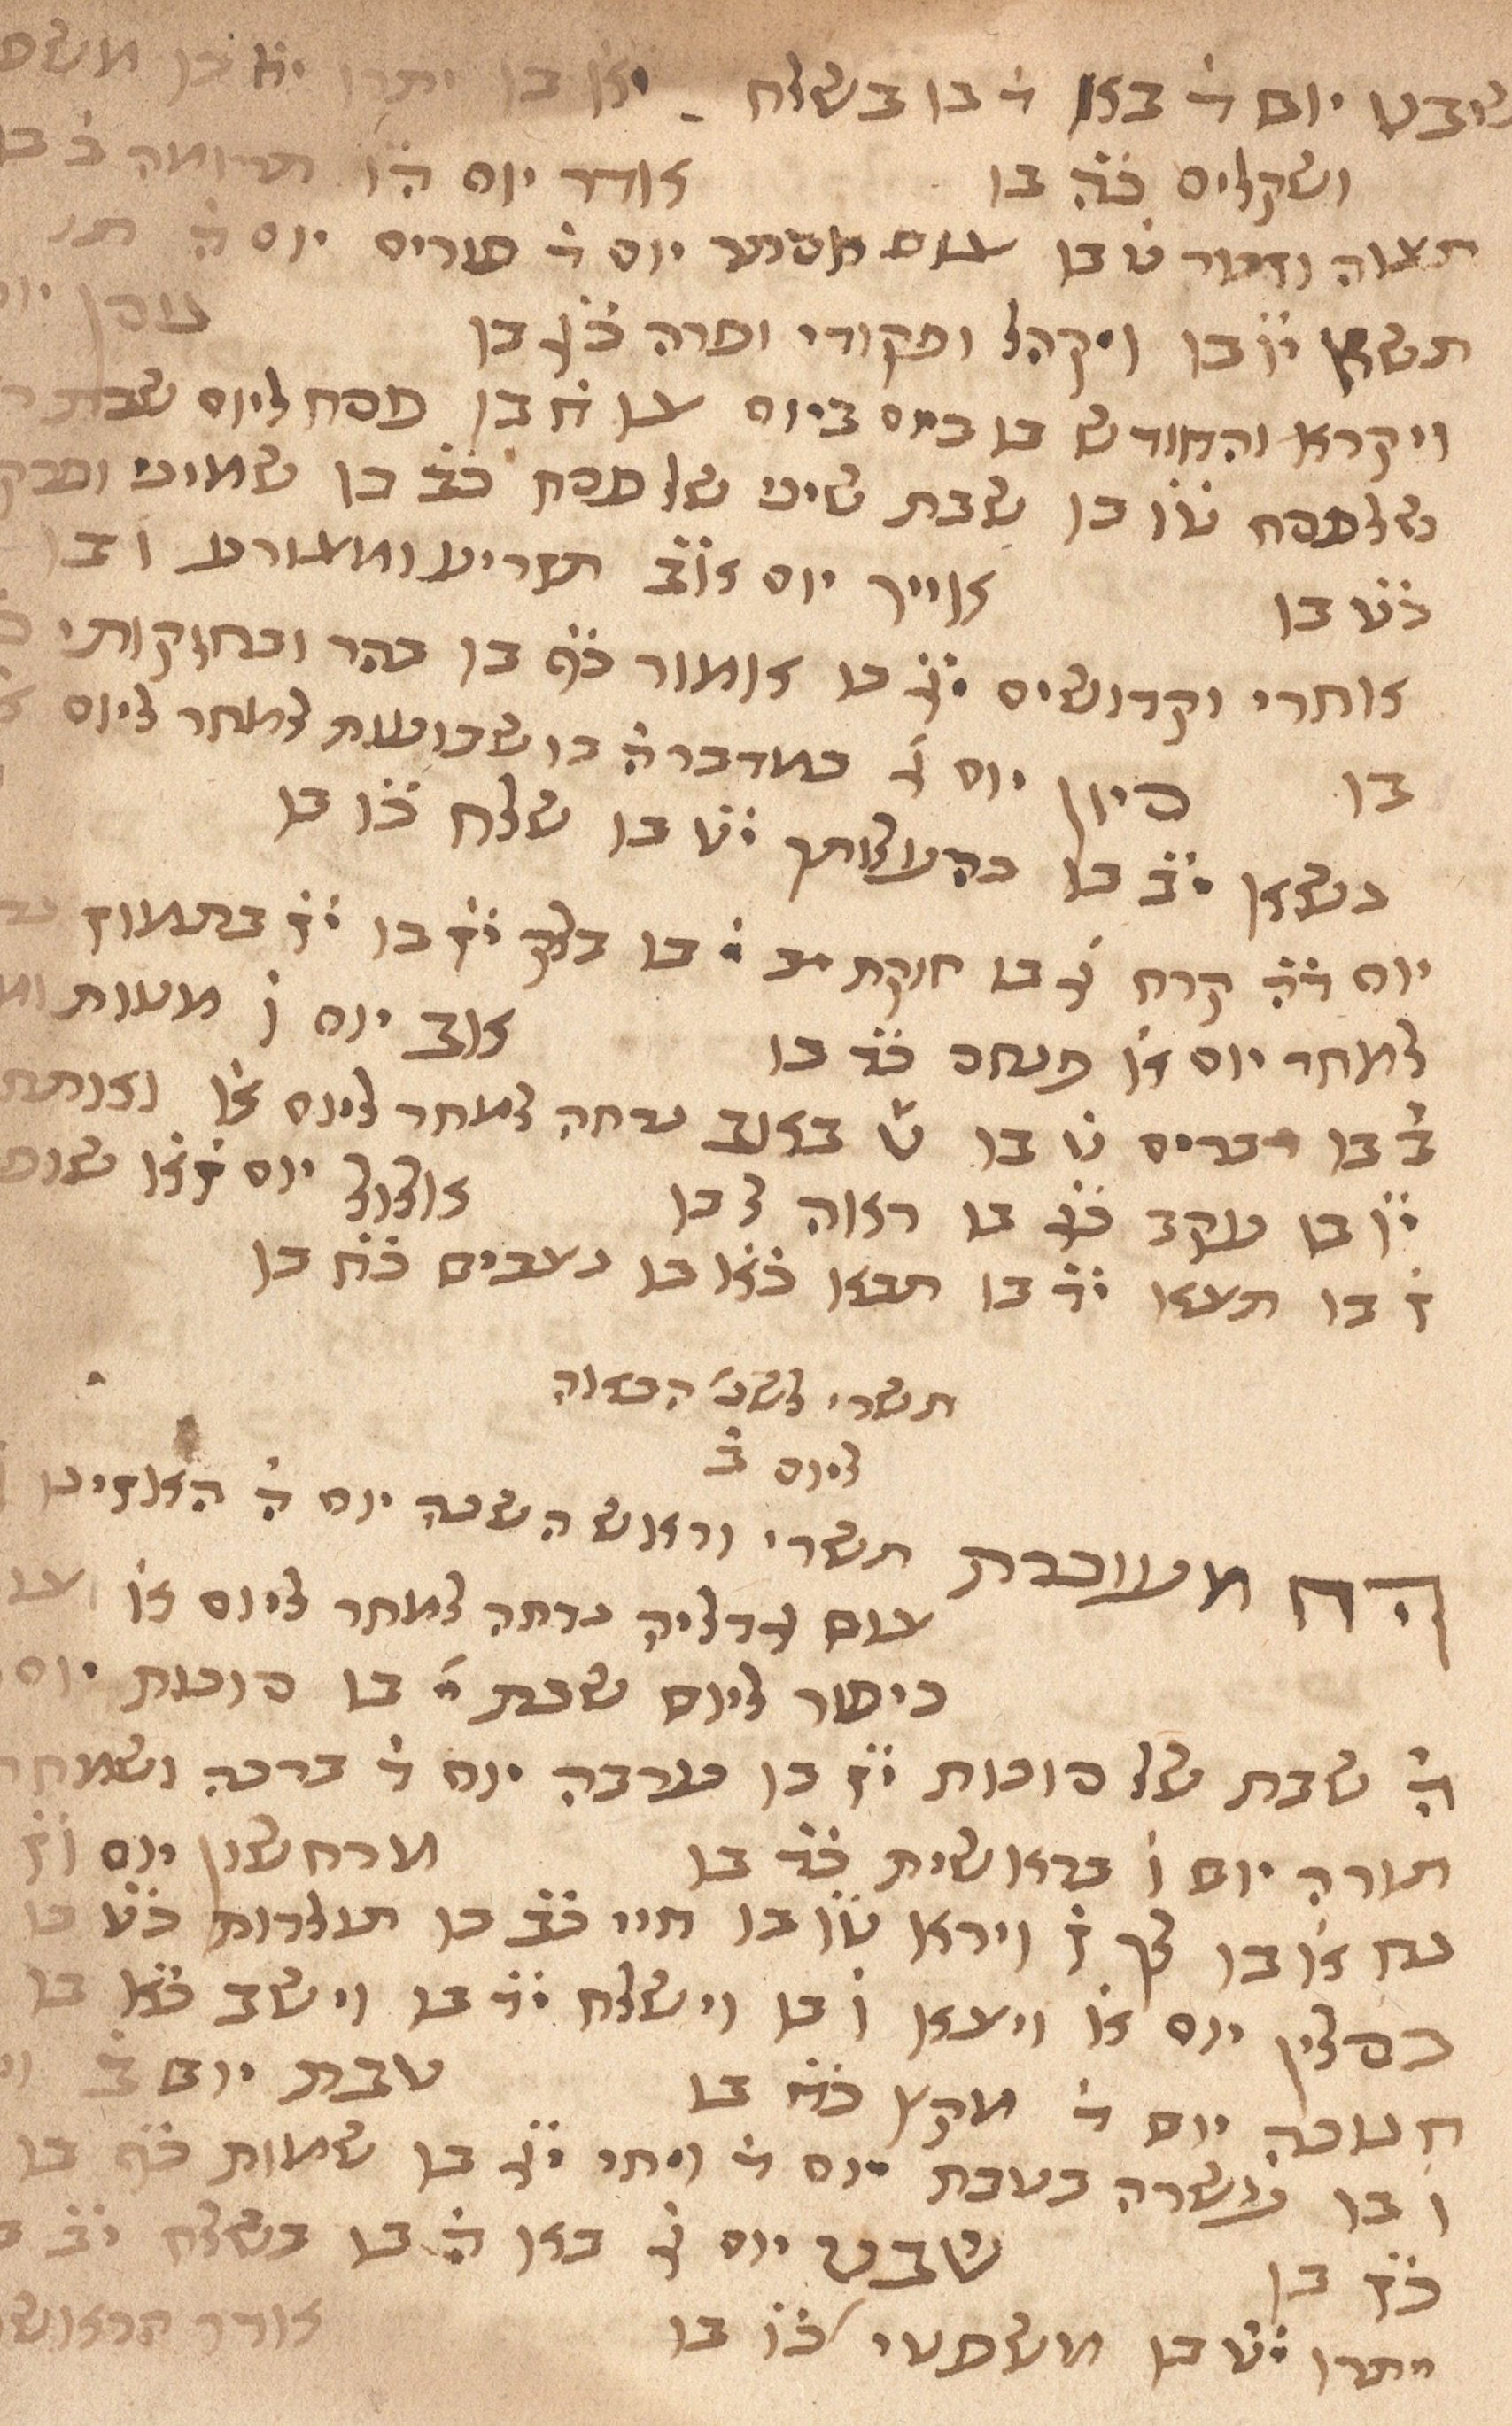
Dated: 1435–1465